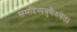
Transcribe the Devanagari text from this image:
समदिव्यगुणैरुपेत।